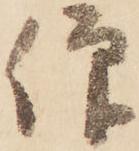
仰